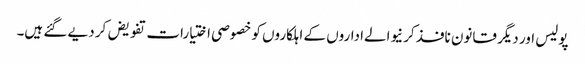
پولیس اور دیگر قانون نافذ کرنیوالےاداروں کے اہلکاروں کو خصوصی اختیارات تفویض کر دیے گئے ہیں۔